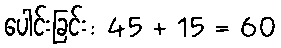
ပေါင်းခြင်း: 45 + 15 = 60